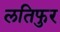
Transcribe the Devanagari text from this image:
लतिफुर